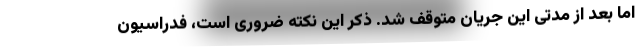
اما بعد از مدتی این جریان متوقف شد. ذکر این نکته ضروری است، فدراسیون